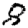
Digit: 8